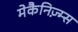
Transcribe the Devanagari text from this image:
मेकैनिज़्म्स